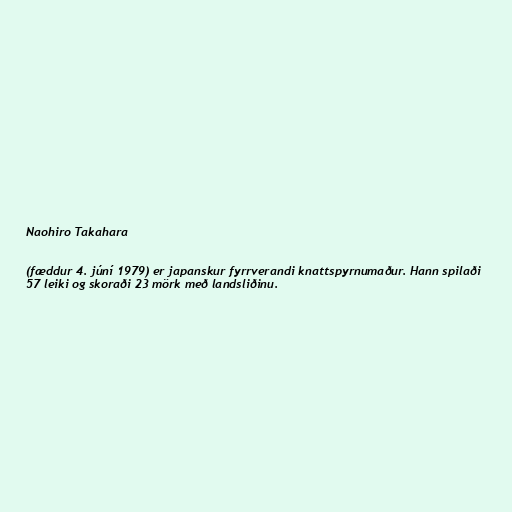
Naohiro Takahara

(fæddur 4. júní 1979) er japanskur fyrrverandi knattspyrnumaður. Hann spilaði
57 leiki og skoraði 23 mörk með landsliðinu.